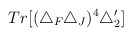
\begin{align*}Tr[(\triangle_F\triangle_J)^4\triangle_2']\end{align*}